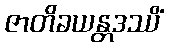
ဇာတိခယန္တဒဿိံ